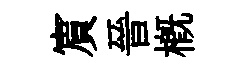
賔晉概